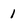
Character: 1